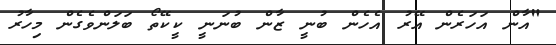
"އާން އަހަރެން އޭރު އެހެން ބުނީ ޒާން ބުނަނީ ކީކޭތޯ ބަލަންވެގެން މިހާރު